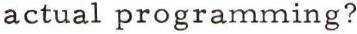
actual programming?